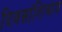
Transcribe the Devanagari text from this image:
दिवसांशिवाय